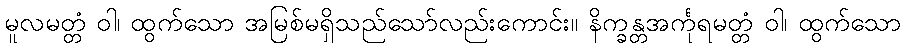
မူလမတ္တံ ဝါ၊ ထွက်သော အမြစ်မရှိသည်သော်လည်းကောင်း။ နိက္ခန္တအင်္ကုရမတ္တံ ဝါ၊ ထွက်သော